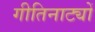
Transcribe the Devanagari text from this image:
गीतिनाट्यों